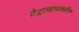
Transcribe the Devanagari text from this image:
टेट्रासायक्लीन